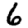
Digit: 6